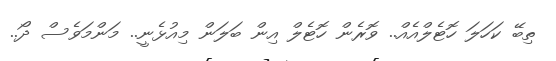
ތިބޭ ކަހަލަ ހޮޓެލްއެއް.. ވޮރެން ހޮޓެލް އިން ބަލަން މިއުޅެނީ.. މަންމަވެސް ދޯ..